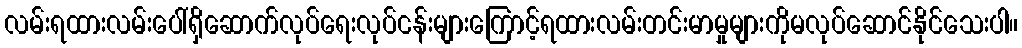
လမ်းရထားလမ်းပေါ်ရှိဆောက်လုပ်ရေးလုပ်ငန်းများကြောင့်ရထားလမ်းတင်းမာမှုများကိုမလုပ်ဆောင်နိုင်သေးပါ။